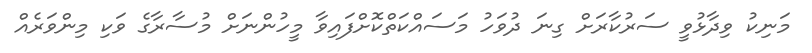
މަނިކު ވިދާޅުވީ ސަރުކާރަށް ގިނަ ދުވަހު މަސައްކަތްކޮށްފައިވާ މީހުންނަށް މުސާރާގެ ވަކި މިންވަރެއް